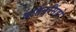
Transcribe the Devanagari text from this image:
बर्हिनृसिंहो